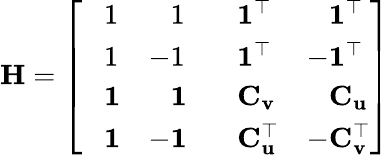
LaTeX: \mathbf{H}=\left[\begin{array}{llll}{\phantom{-}1}&{\phantom{-}1}&{\phantom{-}\mathbf{1}^{\top}}&{\phantom{-}\mathbf{1}^{\top}}\\ {\phantom{-}1}&{-1}&{\phantom{-}\mathbf{1}^{\top}}&{-\mathbf{1}^{\top}}\\ {\phantom{-}\mathbf{1}}&{\phantom{-}\mathbf{1}}&{\phantom{-}\mathbf{C}_{\mathbf{v}}}&{\phantom{-}\mathbf{C}_{\mathbf{u}}}\\ {\phantom{-}\mathbf{1}}&{-\mathbf{1}}&{\phantom{-}\mathbf{C}_{\mathbf{u}}^{\top}}&{-\mathbf{C}_{\mathbf{v}}^{\top}}\end{array}\right]